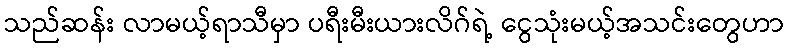
သည်ဆန်း လာမယ့်ရာသီမှာ ပရီးမီးယားလိဂ်ရဲ့ ငွေသုံးမယ့်အသင်းတွေဟာ